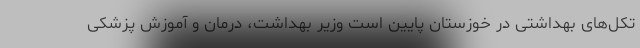
تکل‌های بهداشتی در خوزستان پایین است وزیر بهداشت، درمان و آموزش پزشکی